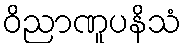
ဝိညာဏူပနိသံ